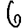
Digit: 6